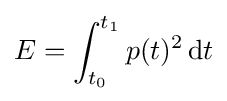
E=\int _{t_{0}}^{t_{1}}p(t)^{2}\,\mathrm {d} t